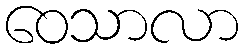
ဝေသာလာ